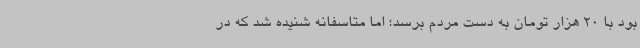
بود با 20 هزار تومان به دست مردم برسد؛ اما متاسفانه شنیده شد که در